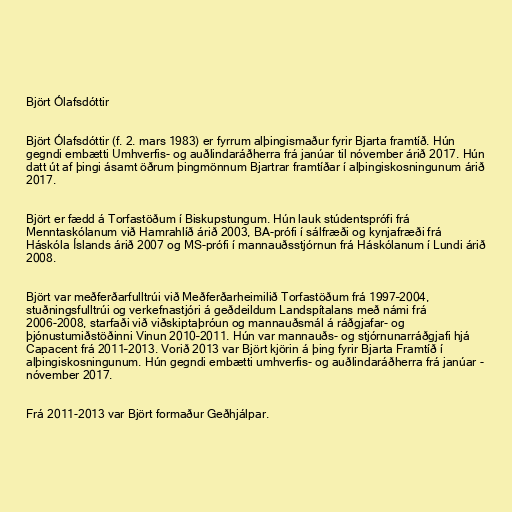
Björt Ólafsdóttir

Björt Ólafsdóttir (f. 2. mars 1983) er fyrrum alþingismaður fyrir Bjarta framtíð. Hún
gegndi embætti Umhverfis- og auðlindaráðherra frá janúar til nóvember árið 2017. Hún
datt út af þingi ásamt öðrum þingmönnum Bjartrar framtíðar í alþingiskosningunum árið
2017.

Björt er fædd á Torfastöðum í Biskupstungum. Hún lauk stúdentsprófi frá
Menntaskólanum við Hamrahlíð árið 2003, BA-prófi í sálfræði og kynjafræði frá
Háskóla Íslands árið 2007 og MS-prófi í mannauðsstjórnun frá Háskólanum í Lundi árið
2008.

Björt var meðferðarfulltrúi við Meðferðarheimilið Torfastöðum frá 1997–2004,
stuðningsfulltrúi og verkefnastjóri á geðdeildum Landspítalans með námi frá
2006-2008, starfaði við viðskiptaþróun og mannauðsmál á ráðgjafar- og
þjónustumiðstöðinni Vinun 2010–2011. Hún var mannauðs- og stjórnunarráðgjafi hjá
Capacent frá 2011–2013. Vorið 2013 var Björt kjörin á þing fyrir Bjarta Framtíð í
alþingiskosningunum. Hún gegndi embætti umhverfis- og auðlindaráðherra frá janúar -
nóvember 2017.

Frá 2011-2013 var Björt formaður Geðhjálpar.